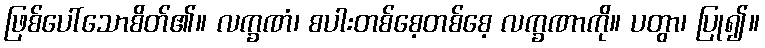
ဖြစ်ပေါ်သောစိတ်၏။ လက္ခဏံ၊ စပါးတစ်စေ့တစ်စေ့ လက္ခဏာကို။ ပတွာ၊ ပြု၍။